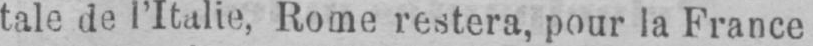
tale de l’Italie, Rome restera, pour la France